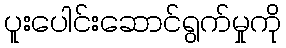
ပူးပေါင်းဆောင်ရွက်မှုကို